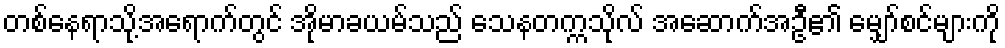
တစ်နေရာသို့အရောက်တွင် အိုမာခယမ်သည် သေနတက္ကသိုလ် အဆောက်အဦ၏ မျှော်စင်များကို